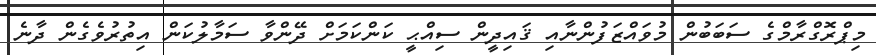
މިޕްރޮގްރާމްގެ ސަބަބުން މުވައްޒަފުންނާއި ޤައިދީން ސިއްޙީ ކަންކަމަށް ދޭންވާ ސަމާލުކަން އިތުރުވެގެން ދާނެ